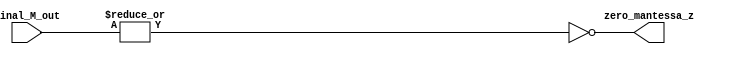
module zero_flag_block_1 (final_M_out , zero_mantessa_z);
input [22:0]final_M_out;
output reg zero_mantessa_z;
always@(*)
begin
    zero_mantessa_z = ~| final_M_out;
end
endmodule